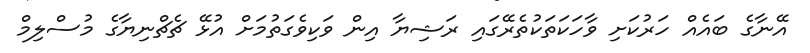
އޭނާގެ ބައެއް ހަރުކަށި ވާހަކަތަކުތެރޭގައި ރަޝިޔާ އިން ވަކިވެގަތުމަށް އުޅޭ ޗެޗްނިޔާގެ މުސްލިމް